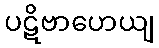
ပဋိဗာဟေယျ